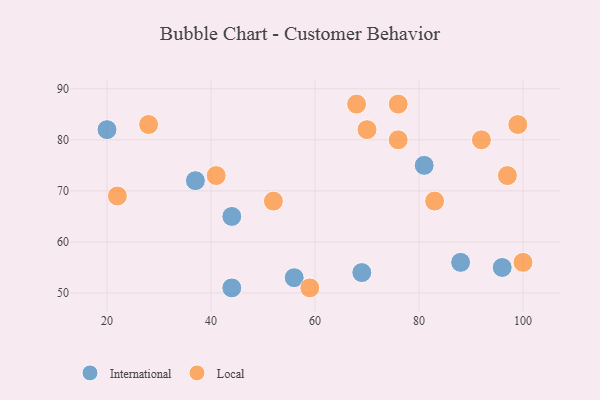
{"axis": {"x": "GDP", "y": "Life Expectancy"}, "legend": ["International", "Local"], "data": [{"x": "96", "y": 55, "type": "International"}, {"x": "20", "y": 82, "type": "International"}, {"x": "44", "y": 51, "type": "International"}, {"x": "69", "y": 54, "type": "International"}, {"x": "44", "y": 65, "type": "International"}, {"x": "81", "y": 75, "type": "International"}, {"x": "56", "y": 53, "type": "International"}, {"x": "88", "y": 56, "type": "International"}, {"x": "37", "y": 72, "type": "International"}, {"x": "76", "y": 87, "type": "Local"}, {"x": "68", "y": 87, "type": "Local"}, {"x": "22", "y": 69, "type": "Local"}, {"x": "52", "y": 68, "type": "Local"}, {"x": "97", "y": 73, "type": "Local"}, {"x": "99", "y": 83, "type": "Local"}, {"x": "70", "y": 82, "type": "Local"}, {"x": "100", "y": 56, "type": "Local"}, {"x": "83", "y": 68, "type": "Local"}, {"x": "92", "y": 80, "type": "Local"}, {"x": "76", "y": 80, "type": "Local"}, {"x": "28", "y": 83, "type": "Local"}, {"x": "41", "y": 73, "type": "Local"}, {"x": "59", "y": 51, "type": "Local"}]}